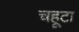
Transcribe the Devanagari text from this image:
चहूटा